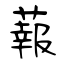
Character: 蕔